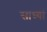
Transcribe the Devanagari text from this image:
साध्यां